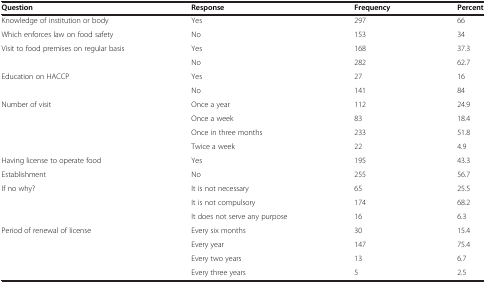
<table><thead><tr><td><b>Question</b></td><td><b>Response</b></td><td><b>Frequency</b></td><td><b>Percent</b></td></tr></thead><tbody><tr><td>Knowledge of institution or body</td><td>Yes</td><td>297</td><td>66</td></tr><tr><td>Which enforces law on food safety</td><td>No</td><td>153</td><td>34</td></tr><tr><td rowspan="2">Visit to food premises on regular basis</td><td>Yes</td><td>168</td><td>37.3</td></tr><tr><td>No</td><td>282</td><td>62.7</td></tr><tr><td>Education on HACCP</td><td>Yes</td><td>27</td><td>16</td></tr><tr><td> </td><td>No</td><td>141</td><td>84</td></tr><tr><td rowspan="4">Number of visit</td><td>Once a year</td><td>112</td><td>24.9</td></tr><tr><td>Once a week</td><td>83</td><td>18.4</td></tr><tr><td>Once in three months</td><td>233</td><td>51.8</td></tr><tr><td>Twice a week</td><td>22</td><td>4.9</td></tr><tr><td>Having license to operate food</td><td>Yes</td><td>195</td><td>43.3</td></tr><tr><td>Establishment</td><td>No</td><td>255</td><td>56.7</td></tr><tr><td rowspan="3">If no why?</td><td>It is not necessary</td><td>65</td><td>25.5</td></tr><tr><td>It is not compulsory</td><td>174</td><td>68.2</td></tr><tr><td>It does not serve any purpose</td><td>16</td><td>6.3</td></tr><tr><td rowspan="4">Period of renewal of license</td><td>Every six months</td><td>30</td><td>15.4</td></tr><tr><td>Every year</td><td>147</td><td>75.4</td></tr><tr><td>Every two years</td><td>13</td><td>6.7</td></tr><tr><td>Every three years</td><td>5</td><td>2.5</td></tr></tbody></table>